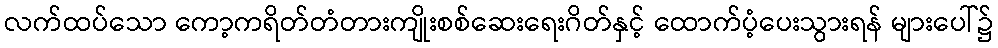
လက်ထပ်သော ကော့ကရိတ်တံတားကျိုးစစ်ဆေးရေးဂိတ်နှင့် ထောက်ပံ့ပေးသွားရန် များပေါ်၌